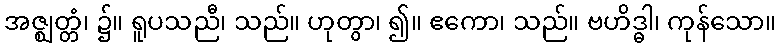
အဇ္ဈတ္တံ၊ ၌။ ရူပသညီ၊ သည်။ ဟုတွာ၊ ၍။ ဧကော၊ သည်။ ဗဟိဒ္ဓါ၊ ကုန်သော။